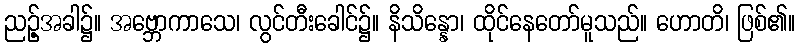
ညဉ့်အခါ၌။ အဗ္ဘောကာသေ၊ လွင်တီးခေါင်၌။ နိသိန္နော၊ ထိုင်နေတော်မူသည်။ ဟောတိ၊ ဖြစ်၏။